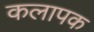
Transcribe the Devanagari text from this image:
कलापक